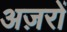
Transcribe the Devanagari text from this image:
अज़रों